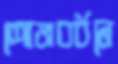
শোভাবর্ধনে